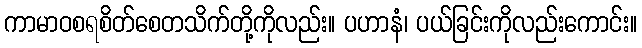
ကာမာဝစရစိတ်စေတသိက်တို့ကိုလည်း။ ပဟာနံ၊ ပယ်ခြင်းကိုလည်းကောင်း။